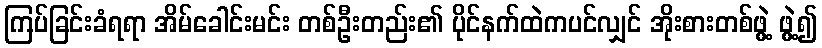
ကြပ်ခြင်းခံရရာ အိမ်ခေါင်းမင်း တစ်ဦးတည်း၏ ပိုင်နက်ထဲကပင်လျှင် အိုးစားတစ်ဖွဲ့ ဖွဲ့၍